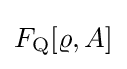
F_{\rm {Q}}[\varrho ,A]